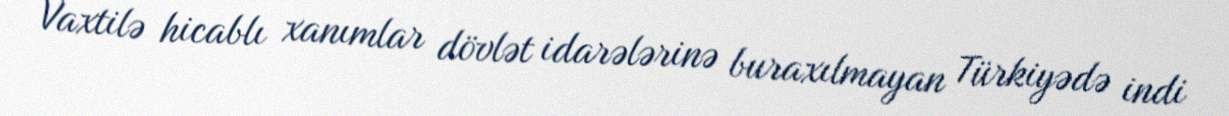
Vaxtilə hicablı xanımlar dövlət idarələrinə buraxılmayan Türkiyədə indi